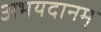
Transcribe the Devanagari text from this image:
अभयदानम्